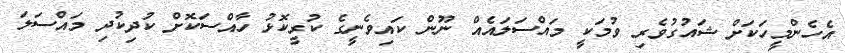
އެހެންމީހަކަށް ޝައުގުވެރި ވުމަކީ މައްސަލައެއް ނޫން ކައިވެނީގެ ކުރީކޮޅު ހާއްސަކޮށް ކުދިކުދި މައްސަލަ